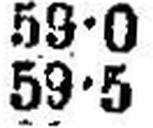
59•5